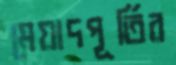
মেয়াদপূর্তির